Elephants and their diseases
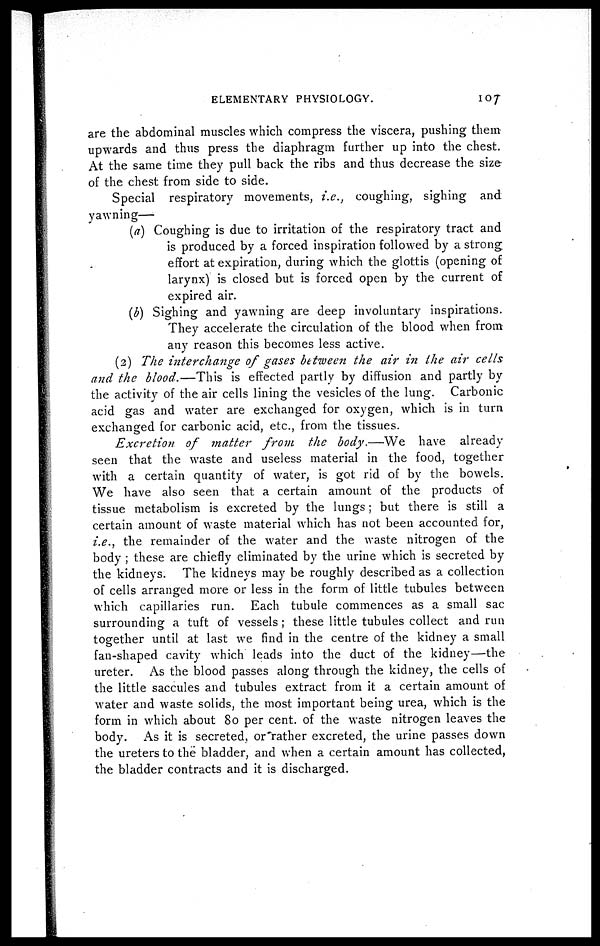
ELEMENTARY PHYSIOLOGY.
107
are the abdominal muscles which compress the viscera, pushing them
upwards and thus press the diaphragm further up into the chest.
At the same time they pull back the ribs and thus decrease the size
of the chest from side to side.
Special respiratory movements, i.e., coughing, sighing and
yawning—
(a) Coughing is due to irritation of the respiratory tract and
is produced by a forced inspiration followed by a strong
effort at expiration, during which the glottis (opening of
larynx) is closed but is forced open by the current of
expired air.
(b) Sighing and yawning are deep involuntary inspirations.
They accelerate the circulation of the blood when from
any reason this becomes less active.
(2) The interchange of gases between the air in the air cells
and the blood.—This is effected partly by diffusion and partly by
the activity of the air cells lining the vesicles of the lung. Carbonic
acid gas and water are exchanged for oxygen, which is in turn
exchanged for carbonic acid, etc., from the tissues.
Excretion
of matter from
the body.—We
have already
seen that the waste and useless material in the food, together
with a certain quantity of water, is got rid of by the bowels.
We have also seen that a certain amount of the products of
tissue metabolism is excreted by the lungs ; but there is still a
certain amount of waste material which has not been accounted for,
i.e., the remainder of the water and the waste nitrogen of the
body ; these are chiefly eliminated by the urine which is secreted by
the kidneys. The kidneys may be roughly described as a collection
of cells arranged more or less in the form of little tubules between
which capillaries run. Each tubule commences as a small sac
surrounding a tuft of vessels ; these little tubules collect and run
together until at last we find in the centre of the kidney a small
fan-shaped cavity which leads into the duct of the kidney—the
ureter. As the blood passes along through the kidney, the cells of
the little saccules and tubules extract from it a certain amount of
water and waste solids, the most important being urea, which is the
form in which about 80 per cent. of the waste nitrogen leaves the
body. As it is secreted, or rather excreted, the urine passes down
the ureters to the bladder, and when a certain amount has collected,
the bladder contracts and it is discharged.